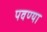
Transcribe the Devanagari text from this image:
पवण्या